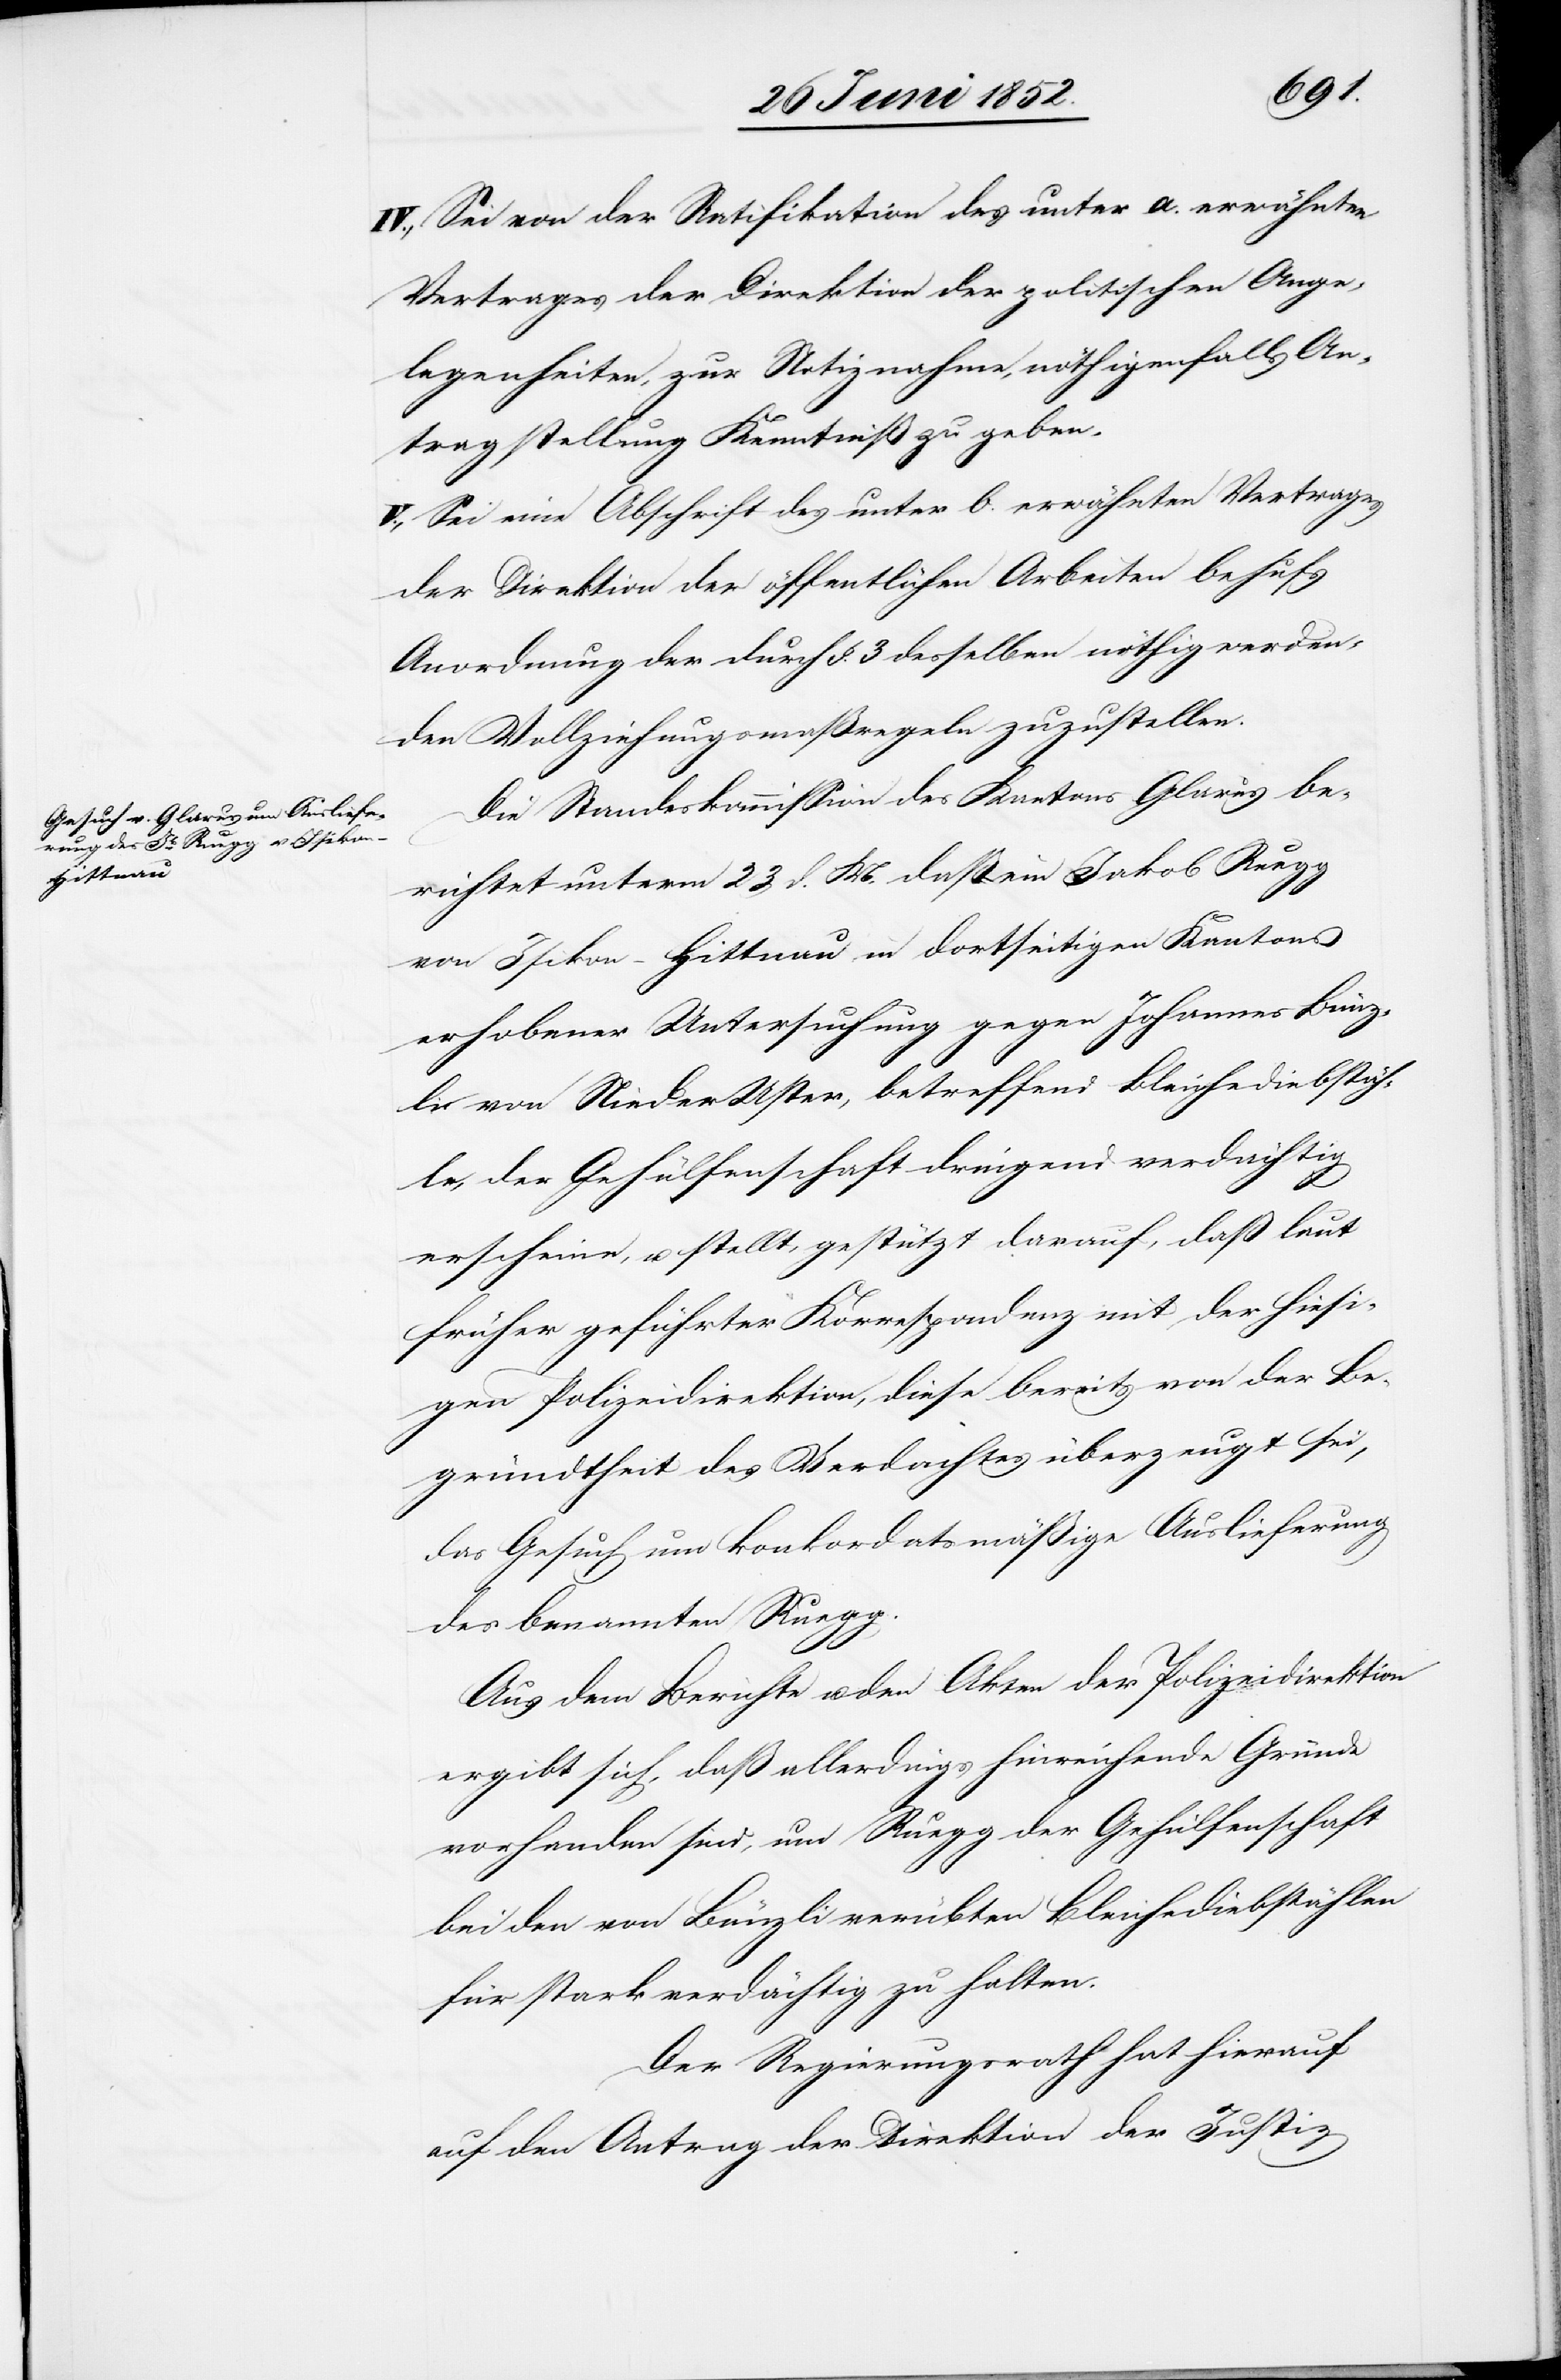
IV., Sei von der Ratifikation des unter a. erwähnten
Vertrages der Direktion der politischen Ange¬
legenheiten, zur Notiznahme, nöthigenfalls An¬
tragstellung Kenntniß zu geben.
V., Sei eine Abschrift des unter b. erwähnten Vertrages
der Direktion der öffentlichen Arbeiten behufs
Anordnung der durch §. 3 desselben nöthig werden¬
den Vollziehungsmaßregeln zuzustellen.
Die Standeskommission des Kantons Glarus be¬
richtet unterm 23 d. M. daß ein Jakob Ruegg
von Isikon-Hittnau in dortseitigen Kantons
erhobener Untersuchung gegen Johannes Bünz¬
li von Nieder[-]Uster, betreffend Bleichediebstäh¬
le, der Gehülfenschaft dringend verdächtig
erscheine, u. stellt, gestützt darauf, daß laut
früher geführter Korrespondenz mit der hiesi¬
gen Polizeidirektion, diese bereits von der Be¬
gründ[e]theit des Verdachtes überzeugt sei,
das Gesuch um konkordatsmäßige Auslieferung
des benannten Ruegg.
Aus dem Berichte u. den Akten der Polizeidirektion
ergibt sich, daß allerdings hinreichende Gründe
vorhanden sind, um Ruegg der Gehülfenschaft
bei den von Bünzli verübten Bleichediebstählen
für stark verdächtig zu halten.
Der Regierungsrath hat hierauf
auf den Antrag der Direktion der Justiz